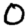
Digit: 0